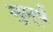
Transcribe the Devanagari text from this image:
मुमूर्ष